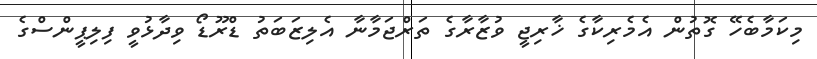
މިކަމާބެހޭ ގޮތުން އެމެރިކާގެ ޚާރިޖީ ވުޒާރާގެ ތަރްޖަމާނާ އެލިޒަބަތު ޑްރޫޑޯ ވިދާޅުވީ ފިލިޕީންސްގެ